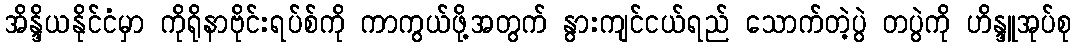
အိန္ဒိယနိုင်ငံမှာ ကိုရိုနာဗိုင်းရပ်စ်ကို ကာကွယ်ဖို့အတွက် နွားကျင်ငယ်ရည် သောက်တဲ့ပွဲ တပွဲကို ဟိန္ဒူအုပ်စု